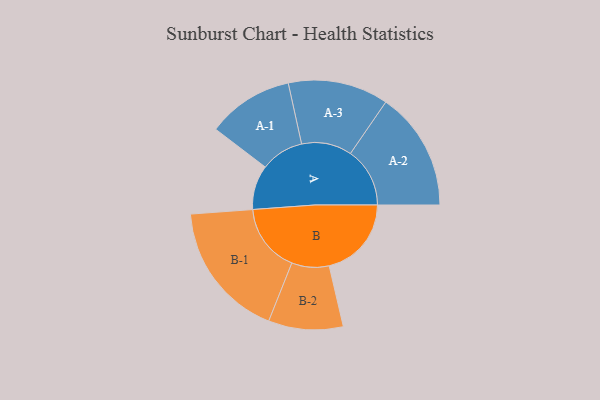
{"axis": {"x": "Segment", "y": "Value"}, "legend": ["", "A", "B"], "data": [{"x": "A", "y": 169, "type": ""}, {"x": "B", "y": 313, "type": ""}, {"x": "A-1", "y": 164, "type": "A"}, {"x": "A-2", "y": 226, "type": "A"}, {"x": "A-3", "y": 191, "type": "A"}, {"x": "B-1", "y": 261, "type": "B"}, {"x": "B-2", "y": 142, "type": "B"}]}